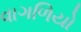
વાગળિયો